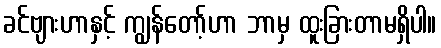
ခင်ဗျားဟာနှင့် ကျွန်တော့်ဟာ ဘာမှ ထူးခြားတာမရှိပါ။